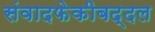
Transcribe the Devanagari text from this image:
संवादफेकीबद्दल